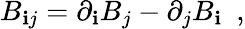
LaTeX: B_{\mathbf{i}j}=\partial_{\mathbf{i}}B_{j}-\partial_{j}B_{\mathbf{i}}~~,